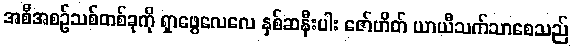
အစီအစဉ်သစ်တစ်ခုကို ရှာဖွေလေလေ နှစ်ဆနီးပါး ဇော်ဟိတ် ယာယီသက်သာစေသည်